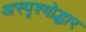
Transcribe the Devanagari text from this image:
अस्पृश्योद्धार